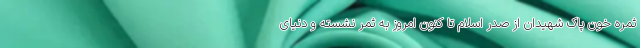
ثمره خون پاک شهیدان از صدر اسلام تا کنون امروز به ثمر نشسته و دنیای